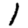
Digit: 1